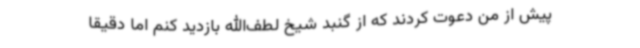
پیش از من دعوت کردند که از گنبد شیخ لطف‌الله بازدید کنم اما دقیقاً